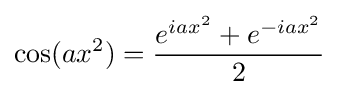
\cos(ax^{2})={\frac {e^{iax^{2}}+e^{-iax^{2}}}{2}}